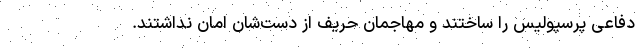
دفاعی پرسپولیس را ساختند و مهاجمان حریف از دست‌شان امان نداشتند.